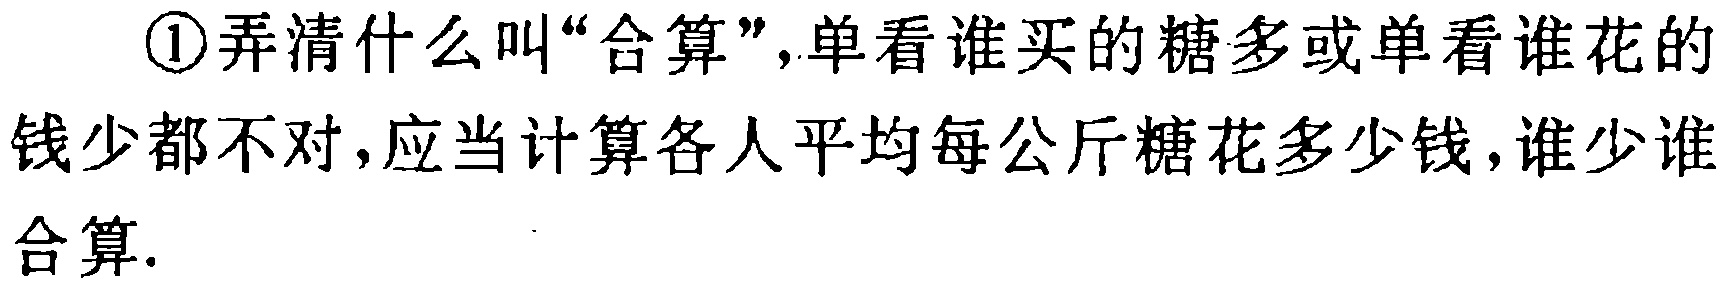
\textcircled{1}弄清什么叫“合算”,单看谁买的糖多或单看谁花的钱少都不对,应当计算各人平均每公斤糖花多少钱,谁少谁合算.